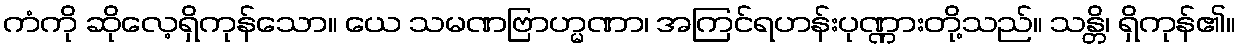
ကံကို ဆိုလေ့ရှိကုန်သော။ ယေ သမဏဗြာဟ္မဏာ၊ အကြင်ရဟန်းပုဏ္ဏားတို့သည်။ သန္တိ၊ ရှိကုန်၏။